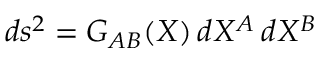
d s ^ { 2 } = G _ { A B } ( X ) \, d X ^ { A } \, d X ^ { B }